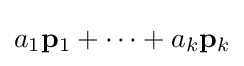
a_{1}\mathbf {p} _{1}+\cdots +a_{k}\mathbf {p} _{k}